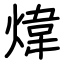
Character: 煒